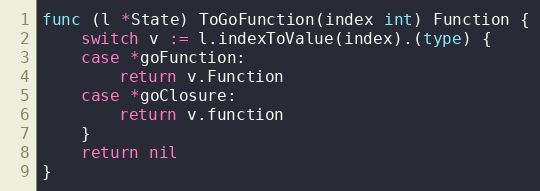
Language: Go
func (l *State) ToGoFunction(index int) Function {
	switch v := l.indexToValue(index).(type) {
	case *goFunction:
		return v.Function
	case *goClosure:
		return v.function
	}
	return nil
}